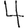
Digit: 4